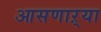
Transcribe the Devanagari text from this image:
आसणाऱ्या